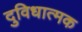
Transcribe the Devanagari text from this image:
दुविधात्मक